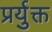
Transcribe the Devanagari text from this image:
प्रर्युक्त